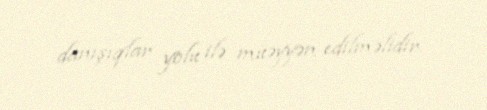
danışıqlar yolu ilə müəyyən edilməlidir.